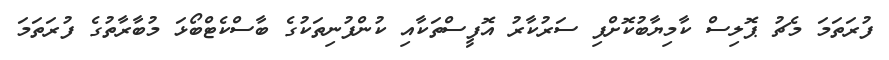
ފުރަތަމަ މެޗު ޕޮލިސް ކާމިޔާބުކޮށްފި ސަރުކާރު އޮފީސްތަކާއި ކުންފުނިތަކުގެ ބާސްކެޓްބޯޅަ މުބާރާތުގެ ފުރަތަމަ